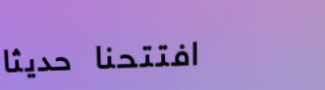
افتتحنا حديثاً